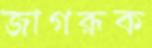
জাগরূক